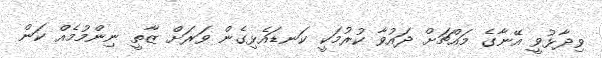
ވިދާޅުވީ އޭނާގެ މައްޗަށް ދައުވާ ކުރުމަކީ ކަނޑައެޅިގެން ވަރަށް ޒާތީ ނިންމުމެއް ކަން